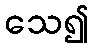
သေ၍